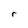
Character: r